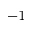
^ { - 1 }